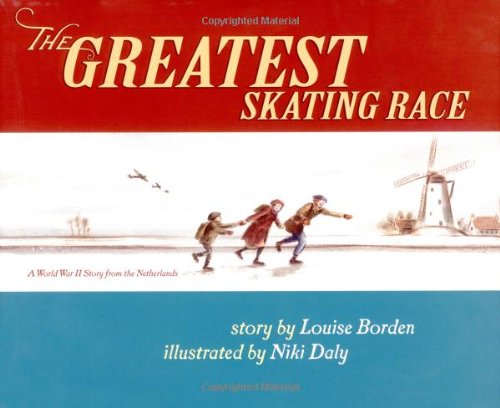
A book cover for The Greatest Skating Race: A World War II Story from the Netherlands; Louise Borden; Children's Books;